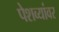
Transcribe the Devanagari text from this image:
पेशव्यांवर